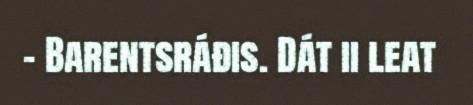
– Barentsráđis. Dát ii leat